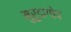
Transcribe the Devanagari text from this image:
मुरुडागोप